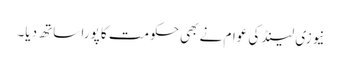
نیوزی لینڈ کی عوام نے بھی حکومت کا پورا ساتھ دیا۔